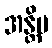
အန္တိမ